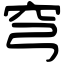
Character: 穹